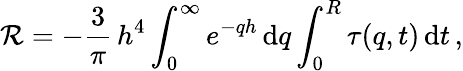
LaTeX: \mathcal{R}=-\frac{3}{\pi}\, h^{4}\int_{0}^{\infty}e^{-qh}\, \mathrm{d}q\int_{0}^{R}\tau(q,t)\, \mathrm{d}t\, ,